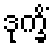
ဒုက္ခိံ